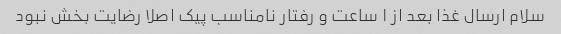
سلام ارسال غذا بعد از ۱ ساعت و رفتار نامناسب پیک اصلا رضایت بخش نبود